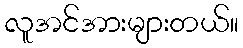
လူအင်အားများတယ်။